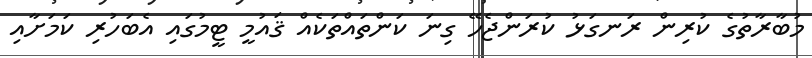
މުބާރާތުގެ ކުރިން ރަނގަޅު ކުރަންޖެހޭ ގިނަ ކަންތައްތަކެއް ޤައުމީ ޓީމުގައި އެބަހުރި ކަމަށާއި